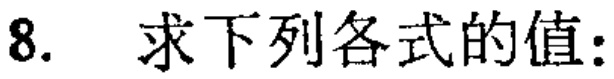
8. 求下列各式的值: